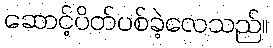
ဆောင့်ပိတ်ပစ်ခဲ့လေသည်။